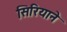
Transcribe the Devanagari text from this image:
सिरियाने